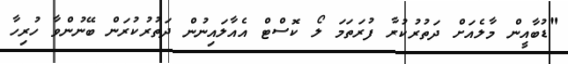
"ޑުބާއީން މާލެއަށް ދަތުރުކުރާ ފުރަތަމަ ލޯ ކޮސްޓް އެއާލައިނުން ދަތުރުކުރަން ބޭނުންވާ ހުރިހާ